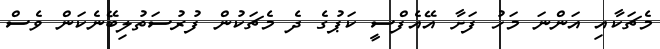
މެޗަކާއި އަންނަ މަހު ފަށާ އޭއެފްސީ ކަޕުގެ ދެ މެޗަކުން ފުރުސަތުލިބޭނެކަން ވެސް